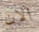
الان